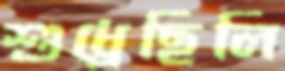
শুধ্‌রেছিলি